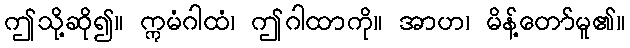
ဤသို့ဆို၍။ ဣမံဂါထံ၊ ဤဂါထာကို။ အာဟ၊ မိန့်တော်မူ၏။